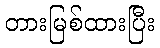
တားမြစ်ထားပြီး